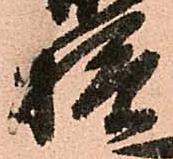
様